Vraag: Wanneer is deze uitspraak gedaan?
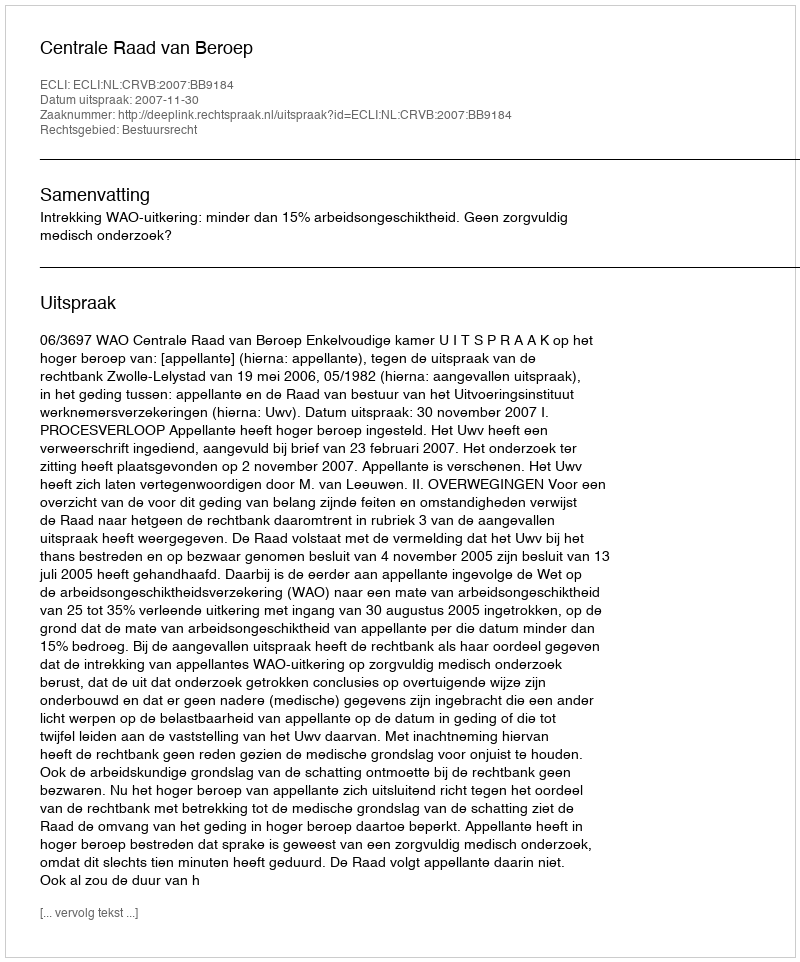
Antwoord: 2007-11-30